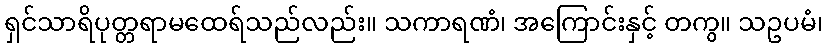
ရှင်သာရိပုတ္တရာမထေရ်သည်လည်း။ သကာရဏံ၊ အကြောင်းနှင့် တကွ။ သဥပမံ၊